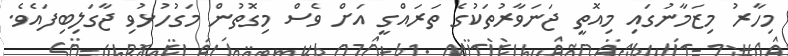
މިހާރު މިޒަމާނުގައި މިއޮތީ ޖަނަވާރުތަކުގެ ތަރައްގީ އަށް ވެސް މިގޮތުން މަގުހުޅުވި ޖާގަލިބިފައެވެ.